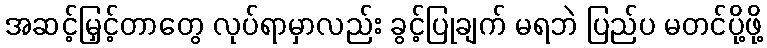
အဆင့်မြှင့်တာတွေ လုပ်ရာမှာလည်း ခွင့်ပြုချက် မရဘဲ ပြည်ပ မတင်ပို့ဖို့